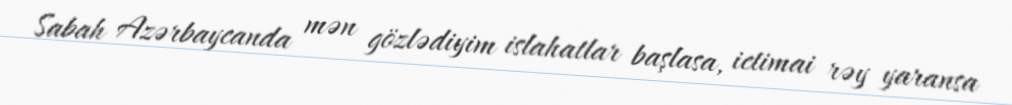
Sabah Azərbaycanda mən gözlədiyim islahatlar başlasa, ictimai rəy yaransa